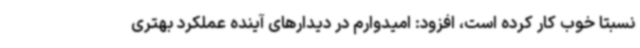
نسبتا خوب کار کرده است، افزود: امیدوارم در دیدارهای آینده عملکرد بهتری